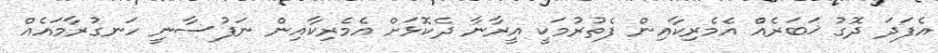
އެފަދަ ދޮގު ޚަބަރެއް އެމެރިކާއިން ފެތުރުމަކީ އީރާނާ ދެކޮޅަށް އެމެރިކާއިން ނަފުސާނީ ހަނގުރާމައެއް